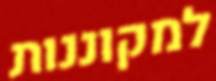
למקוננות